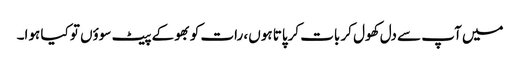
میں آپ سے دل کھول کر بات کرپاتا ہوں، رات کو بھوکے پیٹ سوؤں تو کیا ہوا۔